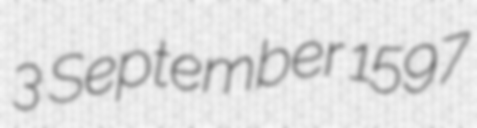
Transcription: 3 September 1597